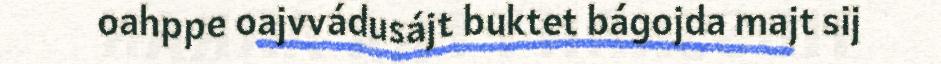
oahppe oajvvádusájt buktet bágojda majt sij